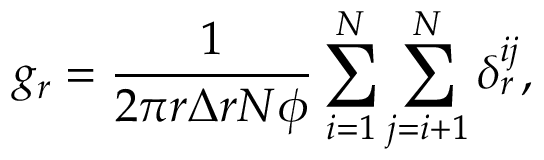
g _ { r } = \frac { 1 } { 2 \pi r \Delta r N \phi } \sum _ { i = 1 } ^ { N } \sum _ { j = i + 1 } ^ { N } \delta _ { r } ^ { i j } ,